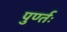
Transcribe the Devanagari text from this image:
पुर्ण्तः